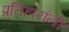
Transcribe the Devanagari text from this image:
प्रतिहारांनी